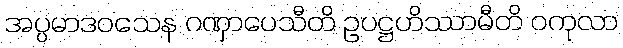
အပ္ပမာဒဝသေန ဂဏှာပေသီတိ ဥပဋ္ဌဟိဿာမီတိ ဝကုလာ